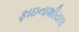
ફાઇનાશીયલ